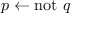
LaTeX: p \leftarrow \mathrm { n o t } ~ q